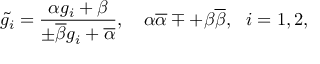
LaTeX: \tilde { g _ { i } } = \frac { \alpha g _ { i } + \beta } { \pm \overline { { { \beta } } } g _ { i } + \overline { { { \alpha } } } } , ~ ~ ~ \alpha \overline { { { \alpha } } } \mp + \beta \overline { { { \beta } } } , ~ ~ i = 1 , 2 ,